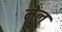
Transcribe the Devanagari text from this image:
मेल